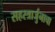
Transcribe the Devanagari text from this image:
सहस्त्रार्जुनाचा